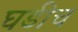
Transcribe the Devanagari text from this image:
घडीच